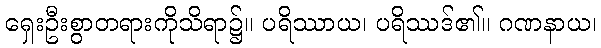
ရှေးဦးစွာတရားကိုသိရာ၌။ ပရိဿာယ၊ ပရိဿဒ်၏။ ဂဏနာယ၊